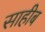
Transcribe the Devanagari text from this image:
साहीब